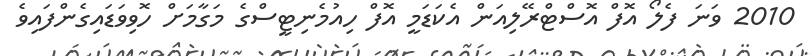
2010 ވަނަ ފެލޯ އޮފް އޮސްޓްރޭލިއަން އެކަޑަމީ އޮފް ހިއުމެނިޓީސްގެ މަގާމަށް ހޮވިވަޑައިގެންފައިވެ